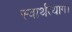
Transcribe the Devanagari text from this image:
स्वार्थत्याग।